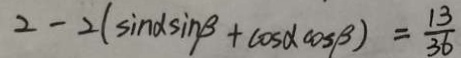
2 - 2 ( \sin \alpha \sin \beta + \cos \alpha \cos \beta ) = \frac { 1 3 } { 3 6 }